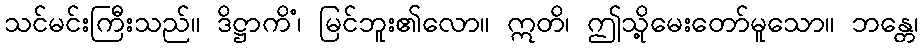
သင်မင်းကြီးသည်။ ဒိဋ္ဌာကိံ၊ မြင်ဘူး၏လော။ ဣတိ၊ ဤသို့မေးတော်မူသော။ ဘန္တေ၊